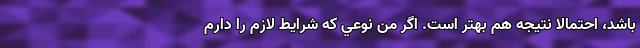
باشد، احتمالا نتيجه هم بهتر است. اگر منِ نوعي که شرايط لازم را دارم